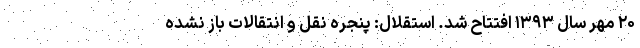
۲۰ مهر سال ۱۳۹۳ افتتاح شد. استقلال: پنجره نقل و انتقالات باز نشده